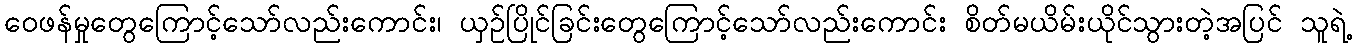
ဝေဖန်မှုတွေကြောင့်သော်လည်းကောင်း၊ ယှဉ်ပြိုင်ခြင်းတွေကြောင့်သော်လည်းကောင်း စိတ်မယိမ်းယိုင်သွားတဲ့အပြင် သူရဲ့